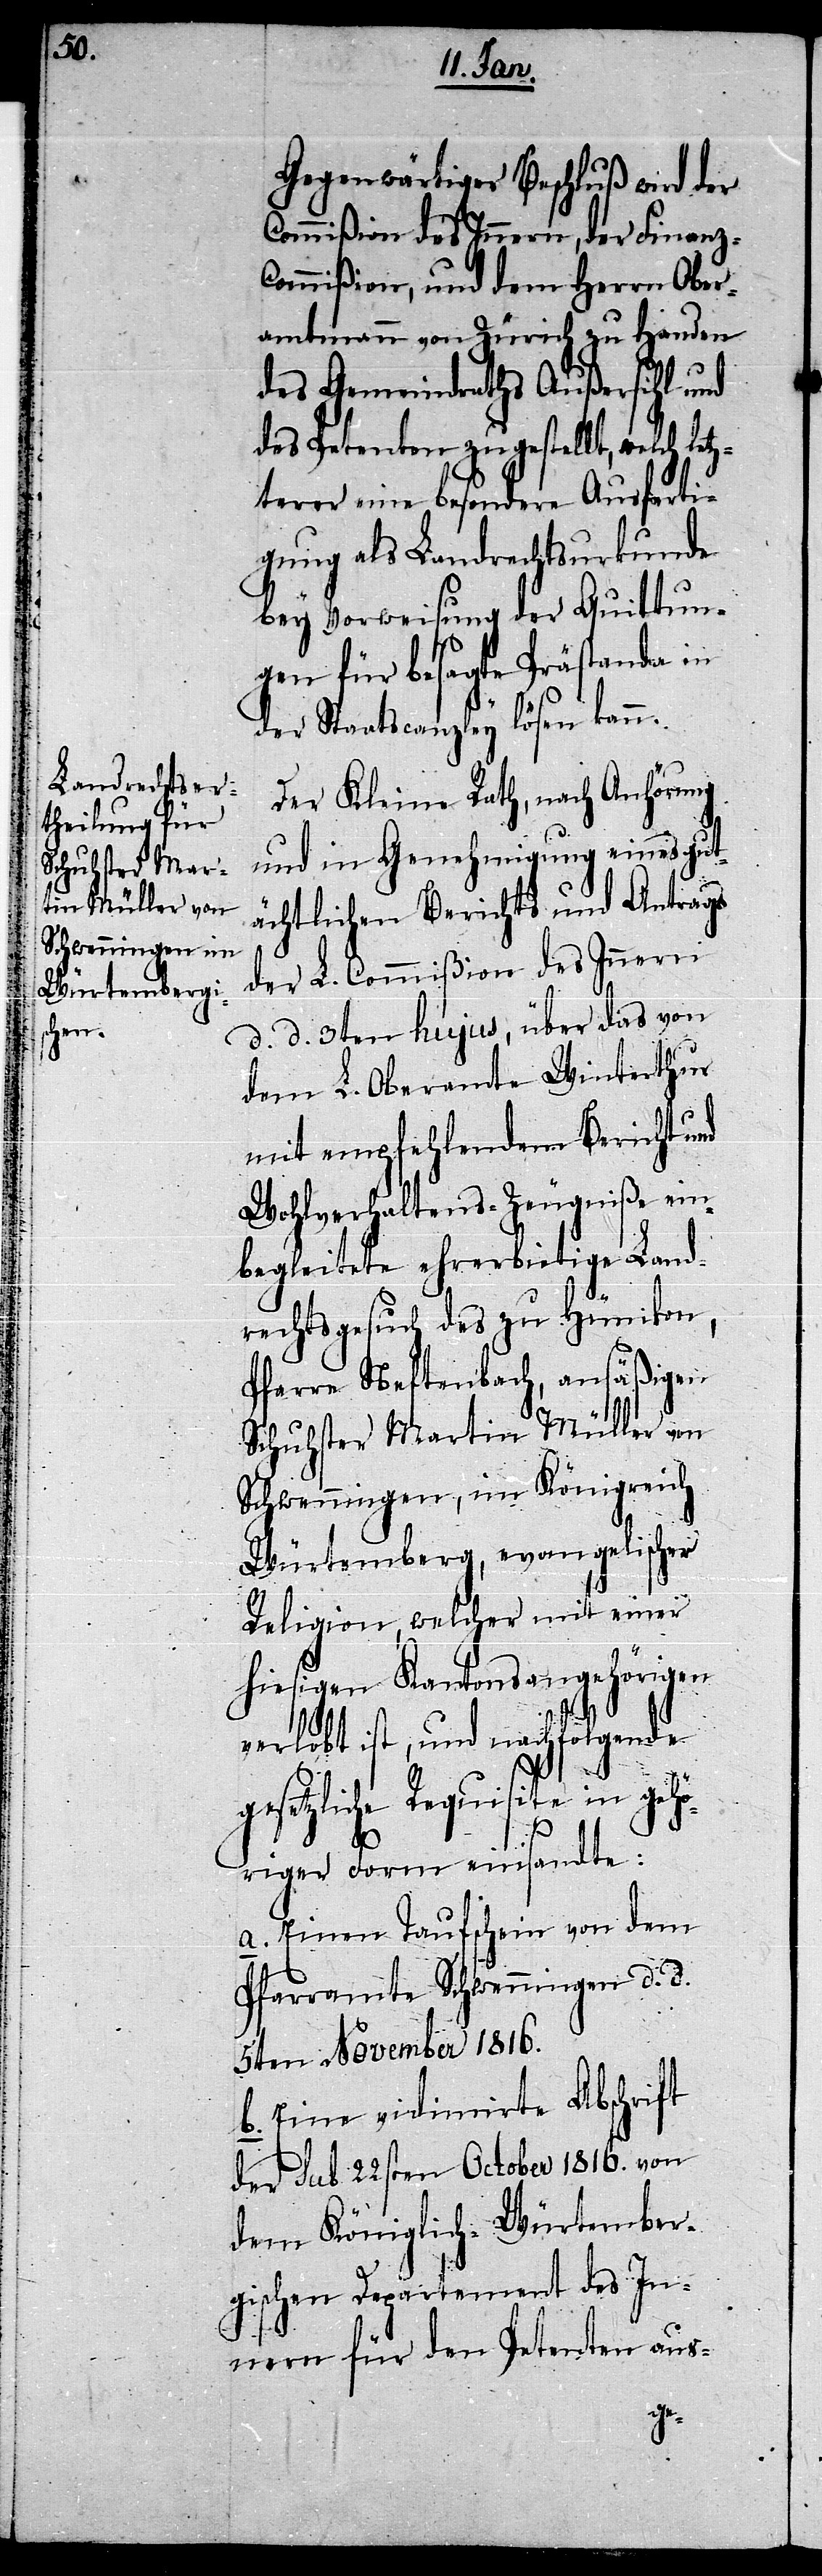
Gegenwärtiger Beschluß wird der
Commißion des Innern, der Finanz-C¬
ommißion, und dem Herrn Ober¬
amtmann von Zürich zu Handen
des Gemeindraths Außersihl und
des Petenten zugestellt, welch le¬
tzterer eine besondere Ausferti¬
gung als Landrechtsurkunde
bey Vorweisung der Quittun¬
gen für besagte Prästanda in
der Staatscanzley lösen kann.
Der Kleine Rath, nach Anhörung
und in Genehmigung eines gut¬
ächtlichen Berichts und Antrags
der L. Commißion des Innern
d. d. 3ten hujus, über das von
dem L. Oberamte Winterthur
mit empfehlendem Bericht und
Wohlverhaltens-Zeugniße ein¬
begleitete ehrerbietige Land¬
rechtsgesuch des zu Hünikon,
Pfarre Neftenbach, ansäßigen
Schuhster Martin Müller von
Schwenningen, im Königreich
Würtemberg, evangelischer
Religion, welcher mit einer
hiesigen Kantonsangehörigen
verlobt ist, und nachfolgende
gesetzliche Requisite in gehö¬
riger Form einsandte:
a. Einen Taufschein von dem
Pfarramte Schwenningen d. d.
5ten November 1816.
b. Eine vidimirte Abschrift
der sub 22sten October 1816. von
dem Königlich-Würtember¬
gischen Departement des In¬
nern für den Petenten aus-